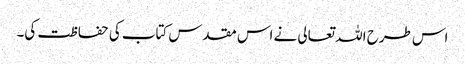
اس طرح اللہ تعالی نے اس مقدس کتاب کی حفاظت کی۔